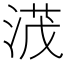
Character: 𣸻